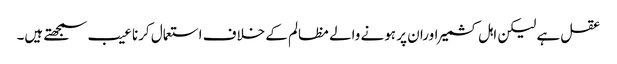
عقل ہے لیکن اہل کشمیر اوران پر ہونے والے مظالم کے خلاف استعمال کرنا عیب سمجھتے ہیں۔